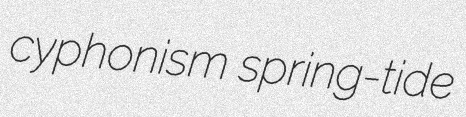
cyphonism spring-tide